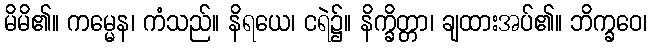
မိမိ၏။ ကမ္မေန၊ ကံသည်။ နိရယေ၊ ငရဲ၌။ နိက္ခိတ္တာ၊ ချထားအပ်၏။ ဘိက္ခဝေ၊